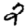
Digit: 2